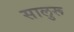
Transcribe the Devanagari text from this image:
सालुरू